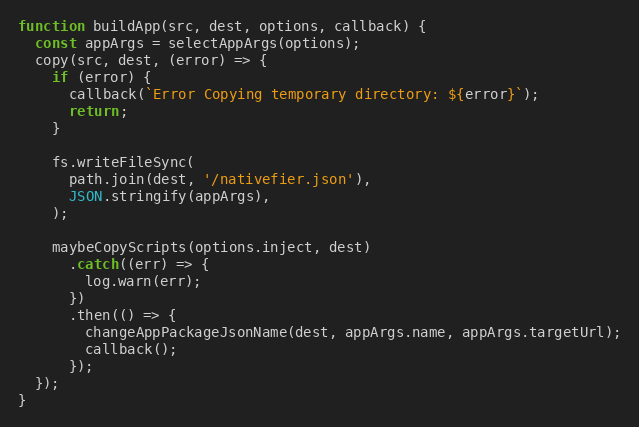
Language: JavaScript
function buildApp(src, dest, options, callback) {
  const appArgs = selectAppArgs(options);
  copy(src, dest, (error) => {
    if (error) {
      callback(`Error Copying temporary directory: ${error}`);
      return;
    }

    fs.writeFileSync(
      path.join(dest, '/nativefier.json'),
      JSON.stringify(appArgs),
    );

    maybeCopyScripts(options.inject, dest)
      .catch((err) => {
        log.warn(err);
      })
      .then(() => {
        changeAppPackageJsonName(dest, appArgs.name, appArgs.targetUrl);
        callback();
      });
  });
}